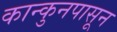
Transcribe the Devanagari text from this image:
कान्कुनपासून